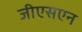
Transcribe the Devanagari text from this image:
जीएसएन